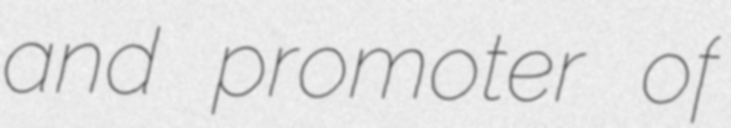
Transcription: and promoter of